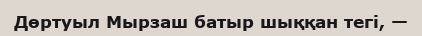
Дөртуыл Мырзаш батыр шыққан тегі, —